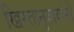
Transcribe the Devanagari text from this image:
ख्रिस्तानुयायांनी